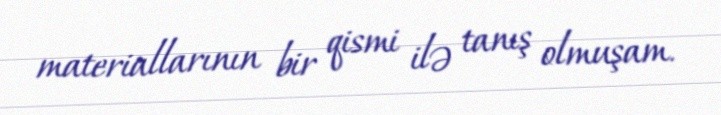
materiallarının bir qismi ilə tanış olmuşam.